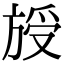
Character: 𣄁